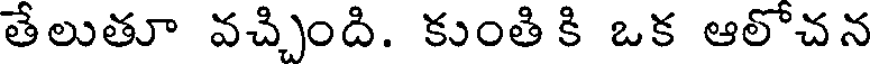
తేలుతూ వచ్చింది. కుంతి కి ఒక ఆలోచన